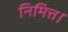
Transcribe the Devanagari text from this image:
निमित्त।